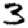
Digit: 3